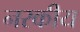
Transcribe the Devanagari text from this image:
नरकीय